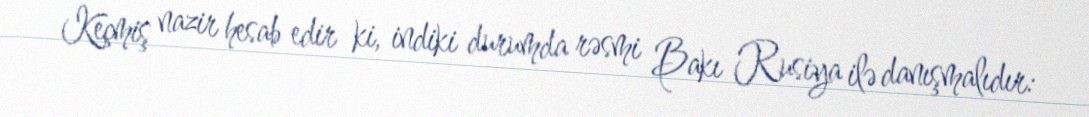
Keçmiş nazir hesab edir ki, indiki durumda rəsmi Bakı Rusiya ilə danışmalıdır: